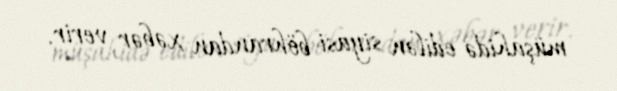
müşahidə edilən siyasi böhrandan xəbər verir.